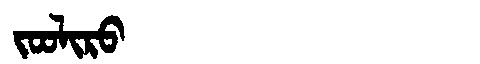
Manchu: ᠵᠣᠣᠯᡳᡵᠣ
Romanization: JOOLIRO